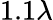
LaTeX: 1.1\lambda